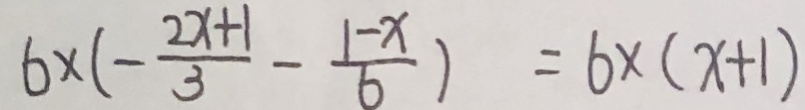
6 \times ( - \frac { 2 x + 1 } { 3 } - \frac { 1 - x } { 6 } ) = 6 \times ( x + 1 )